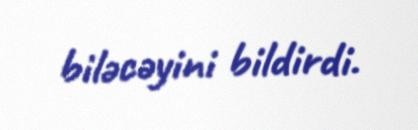
biləcəyini bildirdi.